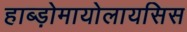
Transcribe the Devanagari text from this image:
हाब्ड़ोमायोलायसिस